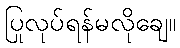
ပြုလုပ်ရန်မလိုချေ။